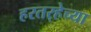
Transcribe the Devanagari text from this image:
हरतर्‍हेच्या